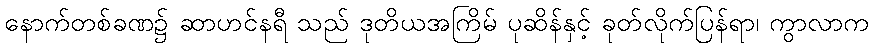
နောက်တစ်ခဏ၌ ဆာဟင်နရီ သည် ဒုတိယအကြိမ် ပုဆိန်နှင့် ခုတ်လိုက်ပြန်ရာ၊ ကွာလာက